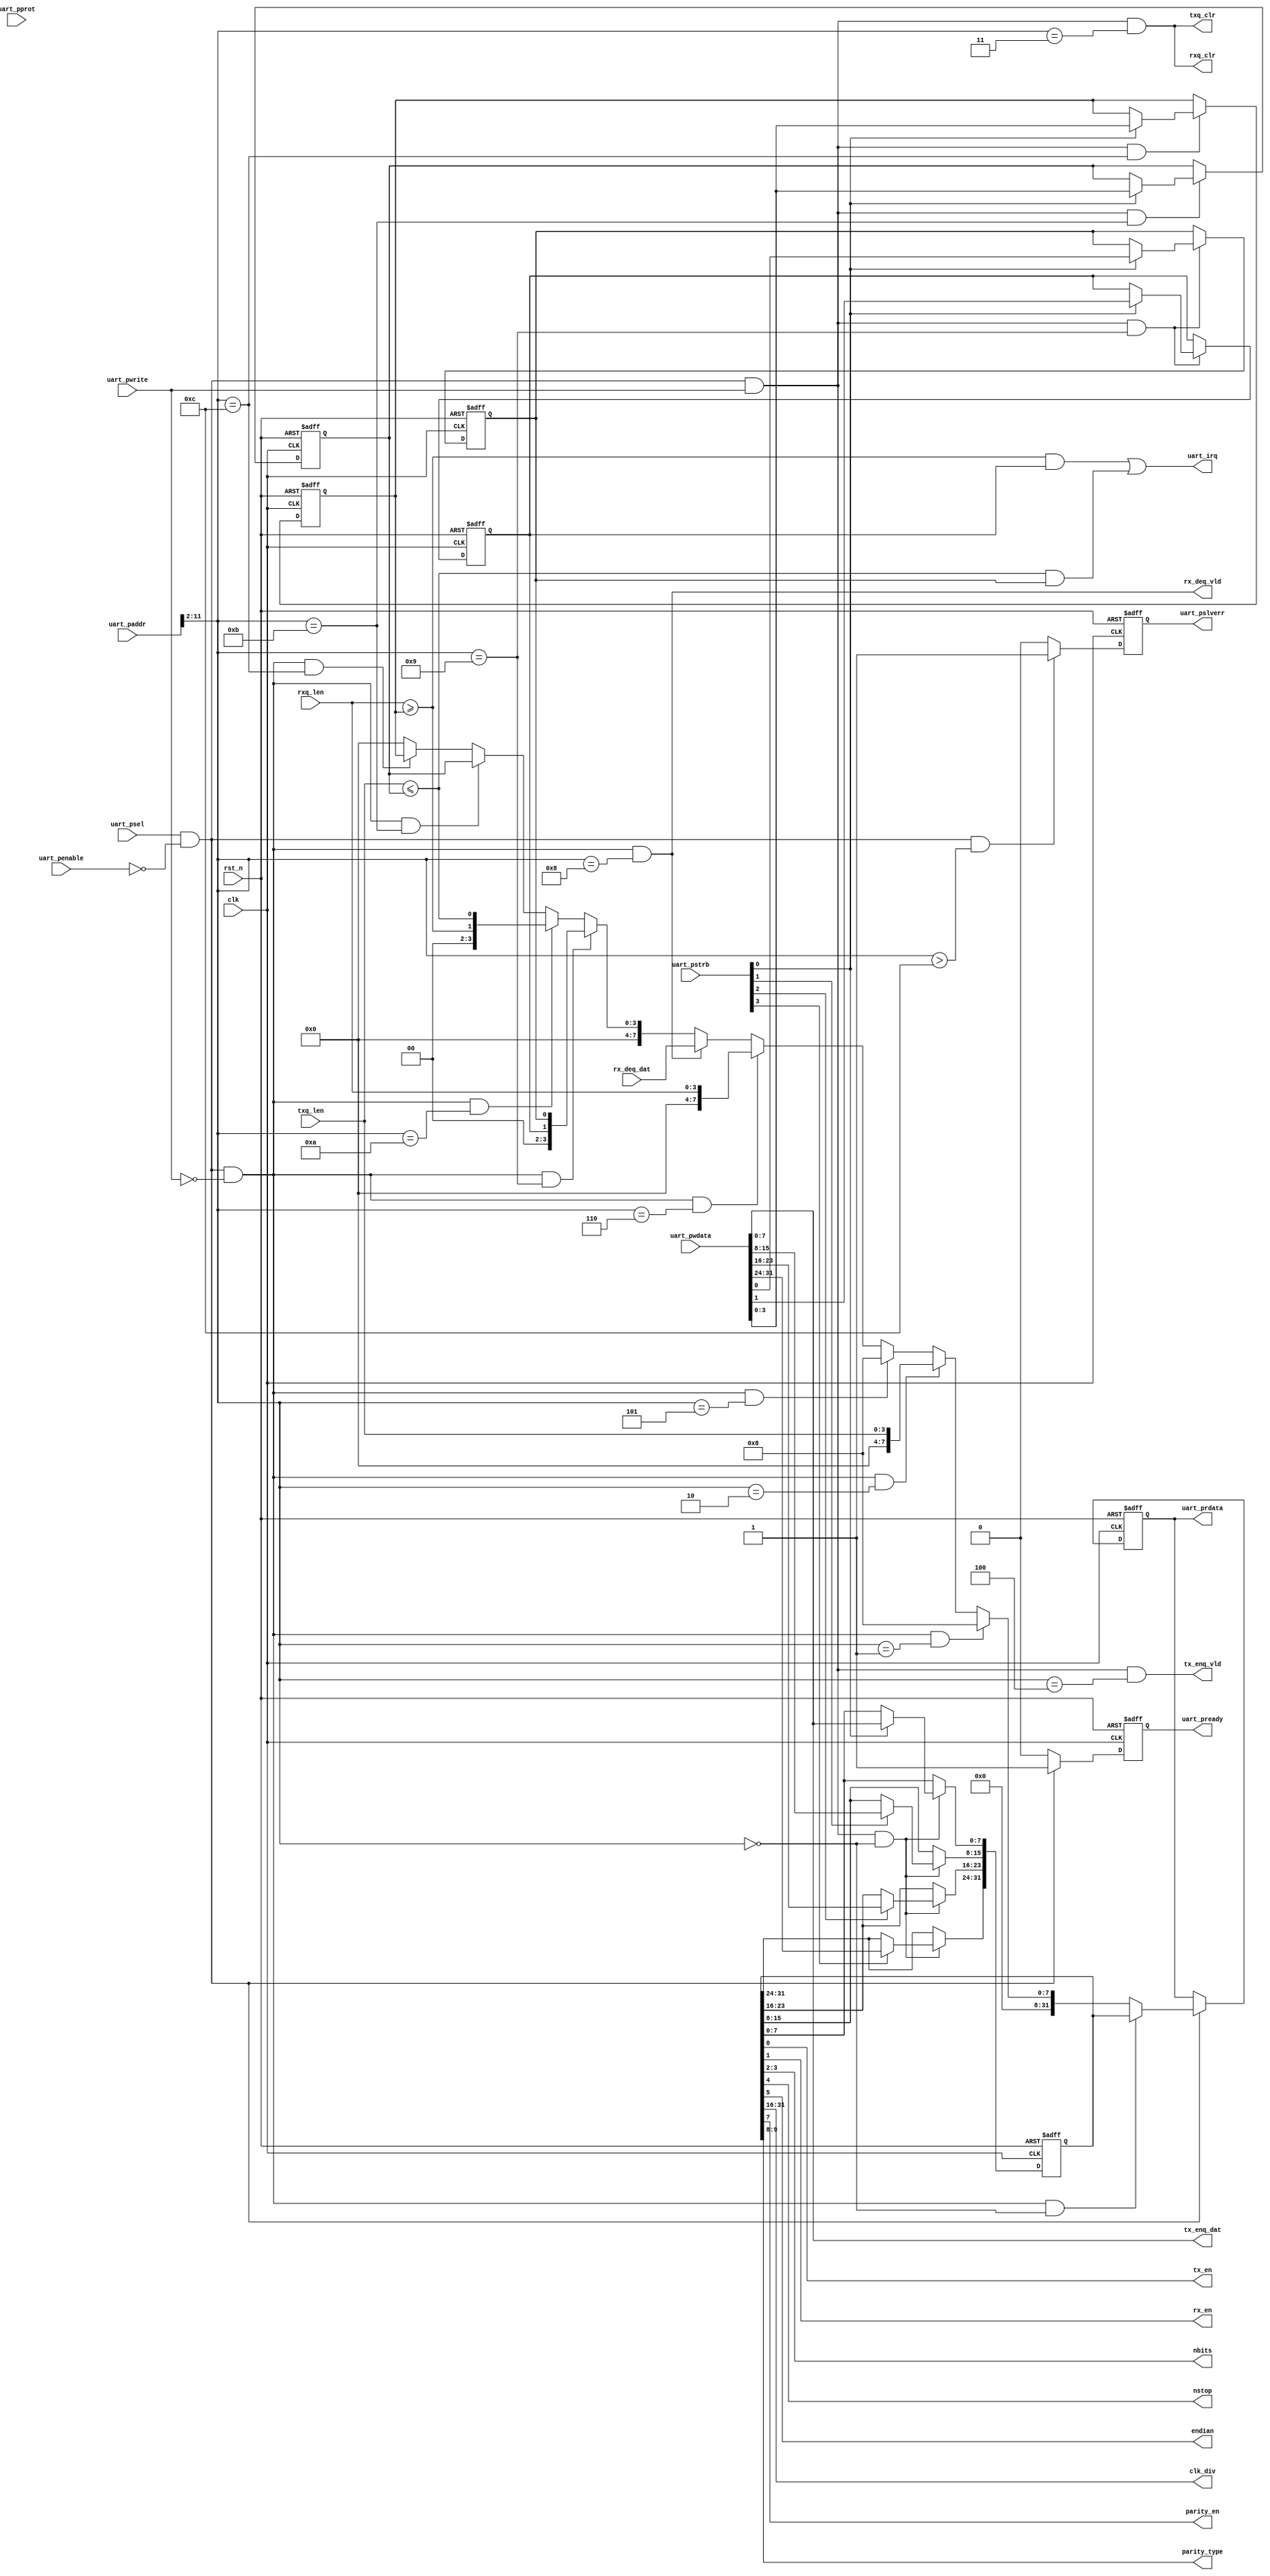
//************************************************************
// See LICENSE for license details.
//
// Module: uv_uart_reg
//
// Designer: Owen
//
// Description:
//      UART register access by bus.
//************************************************************

`timescale 1ns / 1ps

module uv_uart_reg
#(
    parameter ALEN                  = 12,
    parameter DLEN                  = 32,
    parameter MLEN                  = DLEN / 8,
    parameter TXQ_AW                = 3,
    parameter TXQ_DP                = 2**TXQ_AW,
    parameter RXQ_AW                = 3,
    parameter RXQ_DP                = 2**RXQ_AW
)
(
    input                           clk,
    input                           rst_n,

    // APB ports.
    input                           uart_psel,
    input                           uart_penable,
    input  [2:0]                    uart_pprot,
    input  [ALEN-1:0]               uart_paddr,
    input  [MLEN-1:0]               uart_pstrb,
    input                           uart_pwrite,
    input  [DLEN-1:0]               uart_pwdata,
    output [DLEN-1:0]               uart_prdata,
    output                          uart_pready,
    output                          uart_pslverr,

    // UART control & status.
    output                          tx_en,
    output                          rx_en,
    output [1:0]                    nbits,
    output                          nstop,
    output                          endian,
    output [15:0]                   clk_div,
    output                          parity_en,
    output [1:0]                    parity_type,
    output                          uart_irq,

    output                          tx_enq_vld,
    output [7:0]                    tx_enq_dat,
    output                          rx_deq_vld,
    input  [7:0]                    rx_deq_dat,

    output                          txq_clr,
    output                          rxq_clr,
    input  [TXQ_AW:0]               txq_len,
    input  [RXQ_AW:0]               rxq_len
);

    localparam UDLY                 = 1;
    localparam ADDR_DEC_WIDTH       = ALEN - 2;

    localparam REG_UART_GLB_CFG     = 0;
    localparam REG_UART_TXQ_CAP     = 1;
    localparam REG_UART_TXQ_LEN     = 2;
    localparam REG_UART_TXQ_CLR     = 3;
    localparam REG_UART_TXQ_DAT     = 4;
    localparam REG_UART_RXQ_CAP     = 5;
    localparam REG_UART_RXQ_LEN     = 6;
    localparam REG_UART_RXQ_CLR     = 7;
    localparam REG_UART_RXQ_DAT     = 8;
    localparam REG_UART_IE          = 9;
    localparam REG_UART_IP          = 10;
    localparam REG_UART_TX_IRQ_TH   = 11;
    localparam REG_UART_RX_IRQ_TH   = 12;
    localparam REG_ADDR_MAX         = 12;

    wire [ADDR_DEC_WIDTH-1:0]       dec_addr;

    reg  [31:0]                     uart_glb_cfg_r;
    reg                             uart_tx_ie_r;
    reg                             uart_rx_ie_r;
    wire                            uart_tx_ip;
    wire                            uart_rx_ip;
    reg  [TXQ_AW:0]                 uart_tx_irq_th_r;
    reg  [RXQ_AW:0]                 uart_rx_irq_th_r;

    wire                            uart_glb_cfg_match;
    wire                            uart_txq_cap_match;
    wire                            uart_txq_len_match;
    wire                            uart_txq_clr_match;
    wire                            uart_txq_dat_match;
    wire                            uart_rxq_cap_match;
    wire                            uart_rxq_len_match;
    wire                            uart_rxq_clr_match;
    wire                            uart_rxq_dat_match;
    wire                            uart_ie_match;
    wire                            uart_ip_match;
    wire                            uart_tx_irq_th_match;
    wire                            uart_rx_irq_th_match;
    wire                            addr_mismatch;

    wire                            uart_glb_cfg_wr;
    wire                            uart_txq_clr_wr;
    wire                            uart_txq_dat_wr;
    wire                            uart_rxq_clr_wr;
    wire                            uart_ie_wr;
    wire                            uart_tx_irq_th_wr;
    wire                            uart_rx_irq_th_wr;

    wire                            uart_glb_cfg_rd;
    wire                            uart_txq_cap_rd;
    wire                            uart_txq_len_rd;
    wire                            uart_rxq_cap_rd;
    wire                            uart_rxq_len_rd;
    wire                            uart_rxq_dat_rd;
    wire                            uart_ie_rd;
    wire                            uart_ip_rd;
    wire                            uart_tx_irq_th_rd;
    wire                            uart_rx_irq_th_rd;

    reg                             rsp_vld_r;
    reg                             rsp_excp_r;
    reg  [DLEN-1:0]                 rsp_data;
    reg  [DLEN-1:0]                 rsp_data_r;

    // Address decoding.
    assign dec_addr                 = uart_paddr[ALEN-1:2];
    assign uart_glb_cfg_match       = dec_addr == REG_UART_GLB_CFG[ADDR_DEC_WIDTH-1:0];
    assign uart_txq_cap_match       = dec_addr == REG_UART_TXQ_CAP[ADDR_DEC_WIDTH-1:0];
    assign uart_txq_len_match       = dec_addr == REG_UART_TXQ_LEN[ADDR_DEC_WIDTH-1:0];
    assign uart_txq_clr_match       = dec_addr == REG_UART_TXQ_CLR[ADDR_DEC_WIDTH-1:0];
    assign uart_txq_dat_match       = dec_addr == REG_UART_TXQ_DAT[ADDR_DEC_WIDTH-1:0];
    assign uart_rxq_cap_match       = dec_addr == REG_UART_RXQ_CAP[ADDR_DEC_WIDTH-1:0];
    assign uart_rxq_len_match       = dec_addr == REG_UART_RXQ_LEN[ADDR_DEC_WIDTH-1:0];
    assign uart_rxq_clr_match       = dec_addr == REG_UART_RXQ_CLR[ADDR_DEC_WIDTH-1:0];
    assign uart_rxq_dat_match       = dec_addr == REG_UART_RXQ_DAT[ADDR_DEC_WIDTH-1:0];
    assign uart_ie_match            = dec_addr == REG_UART_IE[ADDR_DEC_WIDTH-1:0];
    assign uart_ip_match            = dec_addr == REG_UART_IP[ADDR_DEC_WIDTH-1:0];
    assign uart_tx_irq_th_match     = dec_addr == REG_UART_TX_IRQ_TH[ADDR_DEC_WIDTH-1:0];
    assign uart_rx_irq_th_match     = dec_addr == REG_UART_RX_IRQ_TH[ADDR_DEC_WIDTH-1:0];
    assign addr_mismatch            = dec_addr >  REG_ADDR_MAX[ADDR_DEC_WIDTH-1:0];

    assign uart_glb_cfg_wr          = uart_psel & (~uart_penable) & uart_pwrite & uart_glb_cfg_match;
    assign uart_txq_clr_wr          = uart_psel & (~uart_penable) & uart_pwrite & uart_txq_clr_match;
    assign uart_txq_dat_wr          = uart_psel & (~uart_penable) & uart_pwrite & uart_txq_dat_match;
    assign uart_rxq_clr_wr          = uart_psel & (~uart_penable) & uart_pwrite & uart_txq_clr_match;
    assign uart_ie_wr               = uart_psel & (~uart_penable) & uart_pwrite & uart_ie_match;
    assign uart_tx_irq_th_wr        = uart_psel & (~uart_penable) & uart_pwrite & uart_tx_irq_th_match;
    assign uart_rx_irq_th_wr        = uart_psel & (~uart_penable) & uart_pwrite & uart_rx_irq_th_match;

    assign uart_glb_cfg_rd          = uart_psel & (~uart_penable) & (~uart_pwrite) & uart_glb_cfg_match;
    assign uart_txq_cap_rd          = uart_psel & (~uart_penable) & (~uart_pwrite) & uart_txq_cap_match;
    assign uart_txq_len_rd          = uart_psel & (~uart_penable) & (~uart_pwrite) & uart_txq_len_match;
    assign uart_rxq_cap_rd          = uart_psel & (~uart_penable) & (~uart_pwrite) & uart_rxq_cap_match;
    assign uart_rxq_len_rd          = uart_psel & (~uart_penable) & (~uart_pwrite) & uart_rxq_len_match;
    assign uart_rxq_dat_rd          = uart_psel & (~uart_penable) & (~uart_pwrite) & uart_rxq_dat_match;
    assign uart_ie_rd               = uart_psel & (~uart_penable) & (~uart_pwrite) & uart_ie_match;
    assign uart_ip_rd               = uart_psel & (~uart_penable) & (~uart_pwrite) & uart_ip_match;
    assign uart_tx_irq_th_rd        = uart_psel & (~uart_penable) & (~uart_pwrite) & uart_tx_irq_th_match;
    assign uart_rx_irq_th_rd        = uart_psel & (~uart_penable) & (~uart_pwrite) & uart_rx_irq_th_match;

    // Bus response.
    assign uart_prdata              = rsp_data_r;
    assign uart_pready              = rsp_vld_r;
    assign uart_pslverr             = rsp_excp_r;

    // Output configs.
    assign tx_en                    = uart_glb_cfg_r[0];
    assign rx_en                    = uart_glb_cfg_r[1];
    assign nbits                    = uart_glb_cfg_r[3:2];
    assign nstop                    = uart_glb_cfg_r[4];
    assign endian                   = uart_glb_cfg_r[5];
    assign parity_en                = uart_glb_cfg_r[7];
    assign parity_type              = uart_glb_cfg_r[9:8];
    assign clk_div                  = uart_glb_cfg_r[31:16];

    assign txq_clr                  = uart_txq_clr_wr;
    assign rxq_clr                  = uart_rxq_clr_wr;

    // Output data.
    assign tx_enq_vld               = uart_txq_dat_wr;
    assign tx_enq_dat               = uart_pwdata[7:0];
    assign rx_deq_vld               = uart_rxq_dat_rd;

    // Interrupt.
    assign uart_tx_ip               = txq_len <= uart_tx_irq_th_r;
    assign uart_rx_ip               = rxq_len >= uart_rx_irq_th_r;
    assign uart_irq                 = (uart_rx_ip & uart_rx_ie_r) | (uart_tx_ip & uart_tx_ie_r);

    // Write registers from bus.
    always @(posedge clk or negedge rst_n) begin
        if (~rst_n) begin
            uart_glb_cfg_r <= 32'b0;
        end
        else begin
            if (uart_glb_cfg_wr) begin
                uart_glb_cfg_r[7:0]   <= #UDLY uart_pstrb[0] ? uart_pwdata[7:0]   : uart_glb_cfg_r[7:0];
                uart_glb_cfg_r[15:8]  <= #UDLY uart_pstrb[1] ? uart_pwdata[15:8]  : uart_glb_cfg_r[15:8];
                uart_glb_cfg_r[23:16] <= #UDLY uart_pstrb[2] ? uart_pwdata[23:16] : uart_glb_cfg_r[23:16];
                uart_glb_cfg_r[31:24] <= #UDLY uart_pstrb[3] ? uart_pwdata[31:24] : uart_glb_cfg_r[31:24];
            end
        end
    end

    always @(posedge clk or negedge rst_n) begin
        if (~rst_n) begin
            uart_tx_ie_r <= 1'b0;
            uart_rx_ie_r <= 1'b0;
        end
        else begin
            if (uart_ie_wr) begin
                uart_tx_ie_r <= #UDLY uart_pstrb[0] ? uart_pwdata[0] : uart_tx_ie_r;
                uart_rx_ie_r <= #UDLY uart_pstrb[0] ? uart_pwdata[1] : uart_rx_ie_r;
            end
        end
    end

    always @(posedge clk or negedge rst_n) begin
        if (~rst_n) begin
            uart_tx_irq_th_r <= {(TXQ_AW+1){1'b0}};
        end
        else begin
            if (uart_tx_irq_th_wr) begin
                uart_tx_irq_th_r <= #UDLY uart_pstrb[0] ? uart_pwdata[TXQ_AW:0] : uart_tx_irq_th_r;
            end
        end
    end

    always @(posedge clk or negedge rst_n) begin
        if (~rst_n) begin
            uart_rx_irq_th_r <= {(RXQ_AW+1){1'b0}};
        end
        else begin
            if (uart_rx_irq_th_wr) begin
                uart_rx_irq_th_r <= #UDLY uart_pstrb[0] ? uart_pwdata[RXQ_AW:0] : uart_rx_irq_th_r;
            end
        end
    end

    // Buffer bus response.
    always @(*) begin
        case (1'b1)
            uart_glb_cfg_rd   : rsp_data = {{(DLEN-32){1'b0}}, uart_glb_cfg_r};
            uart_txq_cap_rd   : rsp_data = TXQ_DP[DLEN-1:0];
            uart_txq_len_rd   : rsp_data = {{(DLEN-TXQ_AW-1){1'b0}}, txq_len};
            uart_rxq_cap_rd   : rsp_data = RXQ_DP[DLEN-1:0];
            uart_rxq_len_rd   : rsp_data = {{(DLEN-RXQ_AW-1){1'b0}}, rxq_len};
            uart_rxq_dat_rd   : rsp_data = {{(DLEN-8){1'b0}}, rx_deq_dat};
            uart_ie_rd        : rsp_data = {{(DLEN-2){1'b0}}, uart_rx_ie_r, uart_tx_ie_r};
            uart_ip_rd        : rsp_data = {{(DLEN-2){1'b0}}, uart_rx_ip, uart_tx_ip};
            uart_tx_irq_th_rd : rsp_data = {{(DLEN-TXQ_AW-1){1'b0}}, uart_tx_irq_th_r};
            uart_rx_irq_th_rd : rsp_data = {{(DLEN-TXQ_AW-1){1'b0}}, uart_rx_irq_th_r};
            default           : rsp_data = {DLEN{1'b0}};
        endcase
    end

    always @(posedge clk or negedge rst_n) begin
        if (~rst_n) begin
            rsp_data_r <= {DLEN{1'b0}};
        end
        else begin
            if (uart_psel & (~uart_penable)) begin
                rsp_data_r <= #UDLY rsp_data;
            end
        end
    end

    always @(posedge clk or negedge rst_n) begin
        if (~rst_n) begin
            rsp_vld_r <= 1'b0;
        end
        else begin
            if (uart_psel & (~uart_penable)) begin
                rsp_vld_r <= #UDLY 1'b1;
            end
            else begin
                rsp_vld_r <= #UDLY 1'b0;
            end
        end
    end

    always @(posedge clk or negedge rst_n) begin
        if (~rst_n) begin
            rsp_excp_r <= 1'b0;
        end
        else begin
            if (uart_psel & (~uart_penable) & addr_mismatch) begin
                rsp_excp_r <= #UDLY 1'b1;
            end
            else begin
                rsp_excp_r <= #UDLY 1'b0;
            end
        end
    end

endmodule